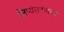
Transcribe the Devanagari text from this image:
लिप्यंतरणता